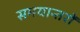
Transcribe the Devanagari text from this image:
समयान्तरों